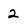
Character: 2